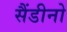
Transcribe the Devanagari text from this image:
सैंडीनो